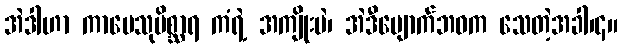
အဲဒါဟာ ကာမေသုမိစ္ဆာရ ကံရဲ့ အကျိုးပဲ၊ အဲဒီမျောက်ဘဝက သေတဲ့အခါ၊၄။